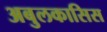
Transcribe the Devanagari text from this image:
अबुलकासिस